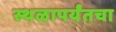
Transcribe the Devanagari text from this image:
स्थळापर्यंतचा